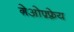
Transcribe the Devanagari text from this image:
ग़ेओफ़्फ़्रेय